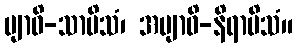
ဗျာဓိ-သာမိသံ၊ အဗျာဓိ-နိရာမိသံ။